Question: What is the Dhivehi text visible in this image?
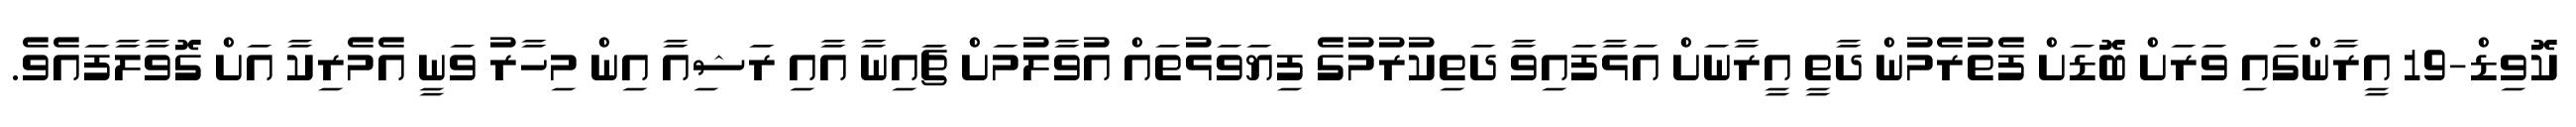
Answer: ކޮވިޑް-19 އީރާންގައި ވަރަށް ބޮޑަށް ފެތުރެމުން ދާތީ އީރާނަށް އަޅާފައިވާ ދަތިކުރުމުގެ ފިޔަވަޅުތައް އުވާލުމަށް ޗައިނާ އާއި ރަޝިއާ އިން މިހާރު ވަނީ އެމެރިކާ އަށް ގޮވާލާފައެވެ.